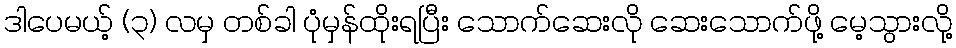
ဒါပေမယ့် (၃) လမှ တစ်ခါ ပုံမှန်ထိုးရပြီး သောက်ဆေးလို ဆေးသောက်ဖို့ မေ့သွားလို့